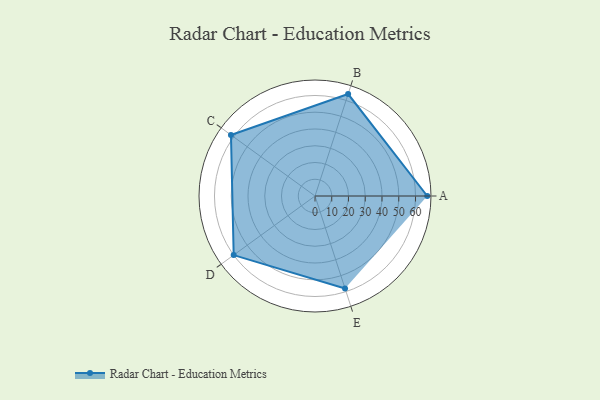
{"axis": {"x": "Skill", "y": "Score"}, "legend": ["Profile"], "data": [{"x": "A", "y": 67.0, "type": "Profile"}, {"x": "B", "y": 64.0, "type": "Profile"}, {"x": "C", "y": 62.0, "type": "Profile"}, {"x": "D", "y": 60.0, "type": "Profile"}, {"x": "E", "y": 58.0, "type": "Profile"}]}